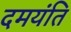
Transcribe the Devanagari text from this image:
दमयंति